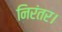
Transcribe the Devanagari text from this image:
निरंतर।